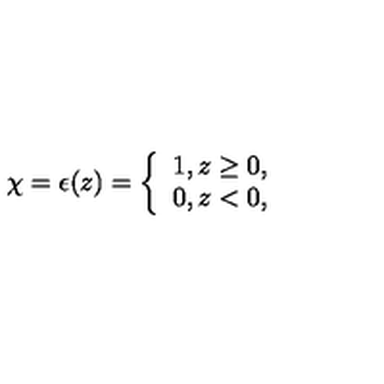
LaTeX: \chi = \epsilon ( z ) = \left\{ \begin{array} { l } { 1 , z \geq 0 , } \\ { 0 , z < 0 , } \\ \end{array} \right.